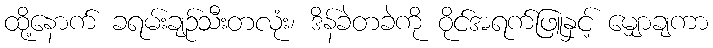
ထို့နောက် ခရမ်းချဉ်သီးတလုံး၊ ဒိန်ခဲတခဲကို ဝိုင်အရက်ဖြူနှင့် မျှောချကာ